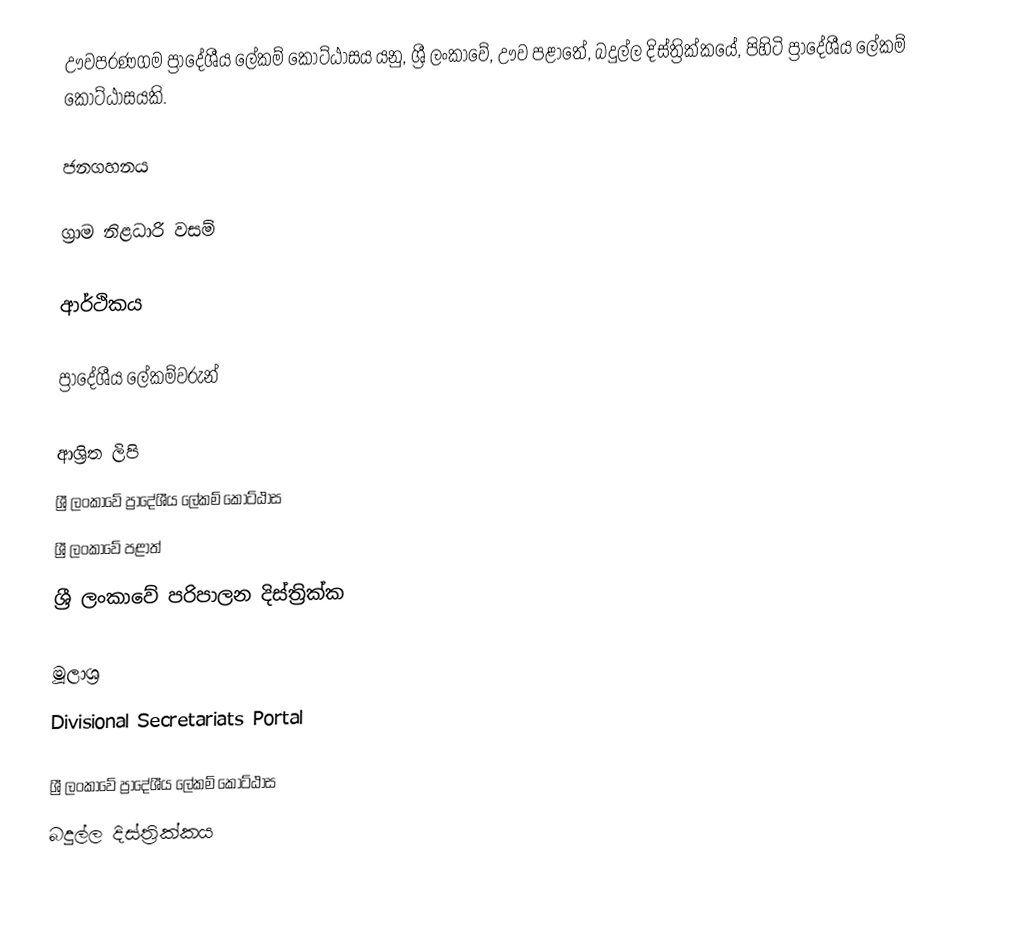
ඌවපරණගම ප්‍රාදේශීය ලේකම් කොට්ඨාසය යනු,  ශ්‍රී ලංකාවේ, ඌව පළාතේ,   බදුල්ල දිස්ත්‍රික්කයේ, පිහිටි ප්‍රාදේශීය ලේකම් කොට්ඨාසයකි.

ජනගහනය

ග්‍රාම නිළධාරි වසම්

ආර්ථිකය

ප්‍රාදේශීය ලේකම්වරුන්

ආශ්‍රිත ලිපි
ශ්‍රී ලංකාවේ ප්‍රාදේශීය ලේකම් කොට්ඨාස
ශ්‍රී ලංකාවේ පළාත්
ශ්‍රී ලංකාවේ පරිපාලන දිස්ත්‍රික්ක

මූලාශ්‍ර
 Divisional Secretariats Portal

ශ්‍රී ලංකාවේ ප්‍රාදේශීය ලේකම් කොට්ඨාස
බදුල්ල දිස්ත්‍රික්කය